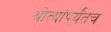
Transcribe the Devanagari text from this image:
श्रोत्यांपर्यंतच